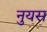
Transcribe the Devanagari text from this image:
नुयस